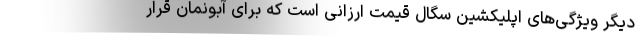
دیگر ویژگی‌های اپلیکشین سگال قیمت ارزانی است که برای آبونمان قرار